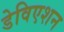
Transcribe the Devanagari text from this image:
डेविएशन